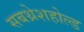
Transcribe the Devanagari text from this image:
सबथ्रेशहोल्ड